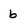
Character: b